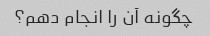
چگونه آن را انجام دهم؟